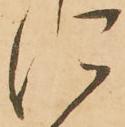
に